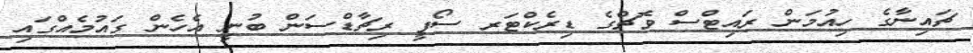
ޗައިނާގެ ހިއުމަން ރައިޓްސް ވޮޗްގެ ޑިރެކްޓަރ ސޯފީ ރިޗާޑްސަން ބުނީ އެހެން ގައުމެއްގައި